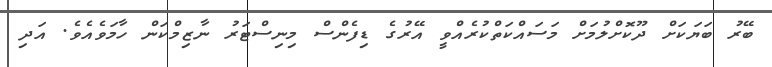
ބޭރު ބަޔަކަށް ދޫކޮށްލުމަށް މަސައްކަތްކުރެއްވީ އޭރުގެ ޑިފެންސް މިނިސްޓަރު ނާޒިމްކަން ހާމަވެއެވެ. އަދި